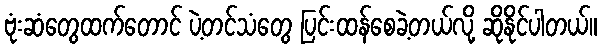
ဗုံးဆံတွေထက်တောင် ပဲ့တင်သံတွေ ပြင်းထန်စေခဲ့တယ်လို့ ဆိုနိုင်ပါတယ်။